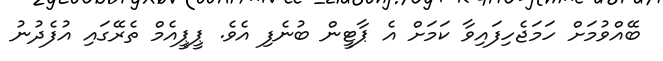
ބޭއްވުމަށް ހަމަޖެހިފައިވާ ކަމަށް އެ ޕާޓީން ބުނެފި އެވެ. ޕީޕީއެމް ތެރޭގައި އުފެދުނު